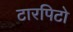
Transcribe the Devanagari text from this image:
टारपिटो